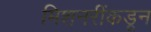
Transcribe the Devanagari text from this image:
मिशनरींकडून